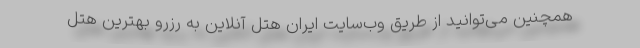
همچنین می‌توانید از طریق وب‌سایت ایران هتل آنلاین به رزرو بهترین هتل